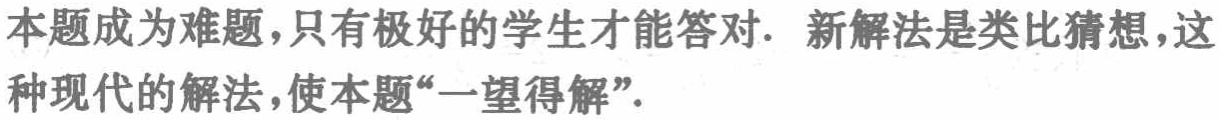
本题成为难题，只有极好的学生才能答对. 新解法是类比猜想，这种现代的解法，使本题“一望得解”.